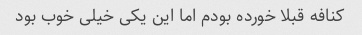
کنافه قبلا خورده بودم اما این یکی خیلی خوب بود